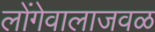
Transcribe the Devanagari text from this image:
लोंगेवालाजवळ